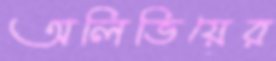
অলিভিয়ের